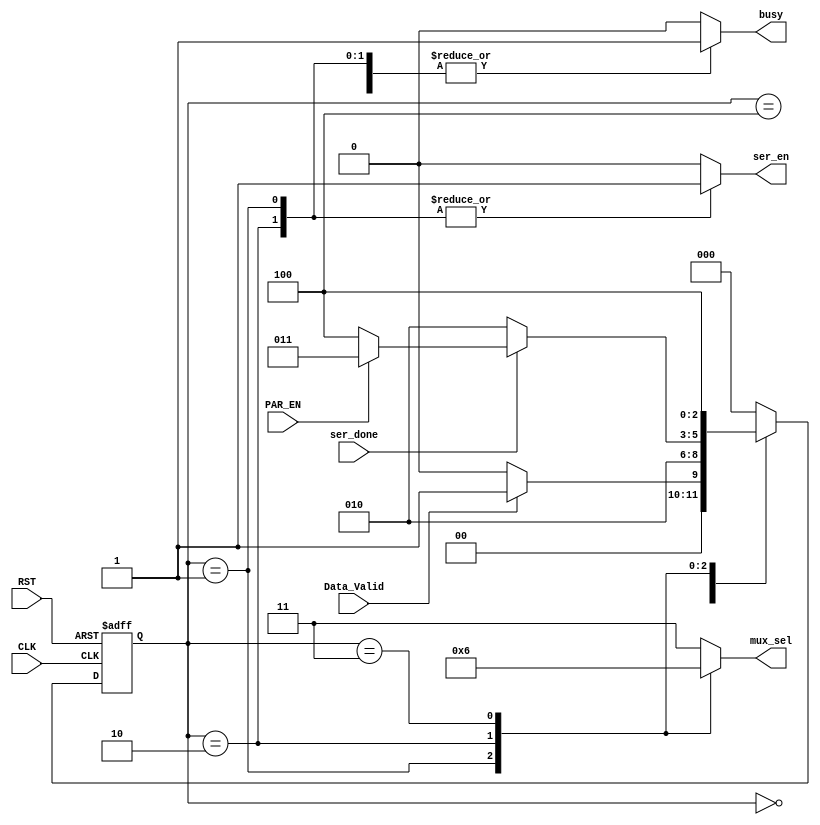
module FSM #( parameter WIDTH = 8 )
            ( input   wire          Data_Valid,
              input   wire          PAR_EN,
              input   wire          ser_done,
              input   wire          CLK,
              input   wire          RST,
              output  reg           ser_en,
              output  reg           busy,
              output  reg   [1:0]   mux_sel     );

  // FSM States Registers
  reg [2:0] current_state, next_state;
  
  // state encoding
  localparam  IDLE        = 3'b000;
  localparam  start_bit   = 3'b001;
  localparam  ser_data    = 3'b010;
  localparam  parity_bit  = 3'b011;
  localparam  stop_bit    = 3'b100;
  
  // mux selector encoding
  localparam  mux_start   = 2'b00;
  localparam  mux_serial  = 2'b01;
  localparam  mux_parity  = 2'b10;
  localparam  mux_stop    = 2'b11;
  
  // state transition always block
  always @(posedge CLK, negedge RST)
  begin
    if(!RST)
      current_state <= IDLE;
    else
      current_state <= next_state;
  end
  
  // next state logic always block
  always @(*)
  begin
    case(current_state)
      IDLE:       begin
        if(Data_Valid)
          next_state  = start_bit;
        else
          next_state  = IDLE;
      end
      start_bit:  begin
          next_state  = ser_data;
      end
      ser_data:   begin
        if(ser_done)
          begin
            if(PAR_EN)
              next_state  = parity_bit;
            else
              next_state  = stop_bit;
          end
        else
          next_state  = ser_data;
      end
      parity_bit: begin
          next_state  = stop_bit;
      end
      stop_bit:   begin
     // This condition allows the UART TX to receive two successive bytes or more without returning to IDLE    
       /*if(Data_Valid):
          next_state  = start_bit;
        else*/
          next_state  = IDLE;
      end
      default     begin
        next_state = IDLE;
      end
    endcase
  end
  
  // output logic always block
  always @(*)
  begin
    case(current_state)
      IDLE:       begin
        busy    = 1'b0;
        ser_en  = 1'b0;
        mux_sel = mux_stop;
      end
      start_bit:  begin
        busy    = 1'b1;
        ser_en  = 1'b1;
        mux_sel = mux_start;
      end
      ser_data:   begin
        busy    = 1'b1;
        ser_en  = 1'b1;
        mux_sel = mux_serial;
      end
      parity_bit: begin
        busy    = 1'b1;
        ser_en  = 1'b0;
        mux_sel = mux_parity;
      end
      stop_bit:   begin
        busy    = 1'b1;
        ser_en  = 1'b0;
        mux_sel = mux_stop;
      end
      default     begin
        busy    = 1'b0;
        ser_en  = 1'b0;
        mux_sel = mux_stop;
      end
    endcase
  end    
endmodule